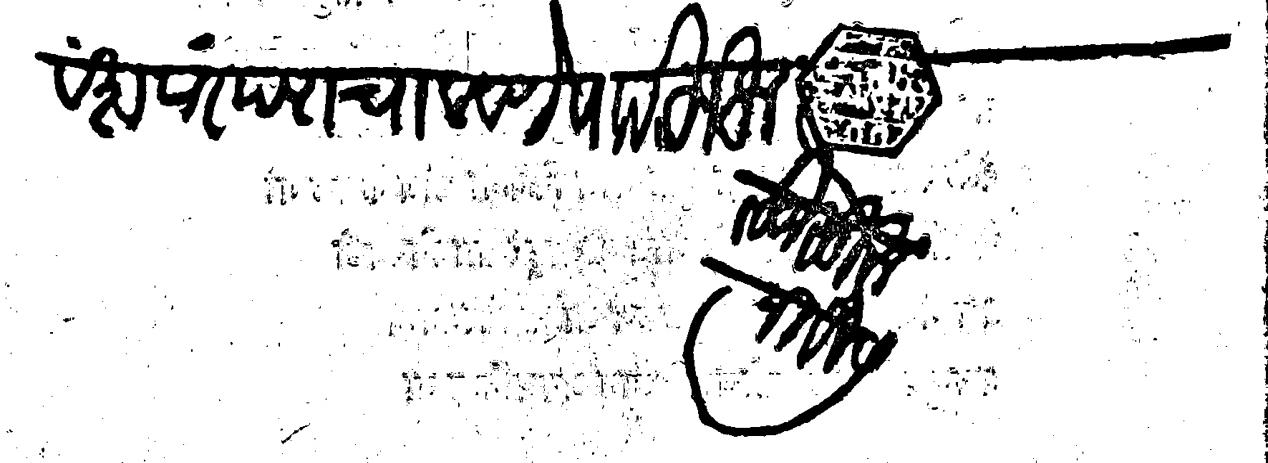
Transliteration (Devanagari): वंशपरंपरा चालवणे पाा हुजूर रुजु सुरु निवीस